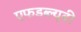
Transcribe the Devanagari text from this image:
एफडब्ल्यूबी